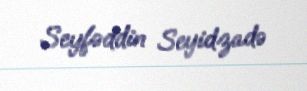
Seyfəddin Seyidzadə